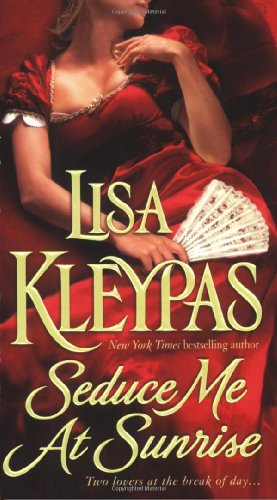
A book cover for Seduce Me at Sunrise (The Hathaways, Book 2); Lisa Kleypas; Romance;